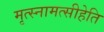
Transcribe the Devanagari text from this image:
मृत्स्नामत्सीहेति